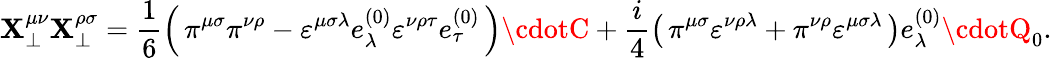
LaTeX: \mathbf{X}_{\bot}^{\mu\nu}\mathbf{X}_{\bot}^{\rho\sigma}=\frac{{1}}{{6}}\left(\, \pi^{\mu\sigma}\pi^{\nu\rho}-\varepsilon^{\mu\sigma\lambda}e_{\lambda}^{(0)}\varepsilon^{\nu\rho\tau}e_{\tau}^{(0)}\, \right)\cdotC+\frac{{i}}{{4}}\left(\, \pi^{\mu\sigma}\varepsilon^{\nu\rho\lambda}+\pi^{\nu\rho}\varepsilon^{\mu\sigma\lambda}\, \right)e_{\lambda}^{(0)}\cdotQ_{0}.